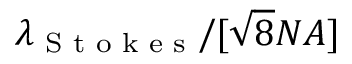
\lambda _ { \textrm { S t o k e s } } / [ \sqrt { 8 } N A ]